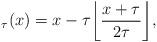
LaTeX: \begin{align*}_{\tau} (x) = x -\tau \bigg\lfloor \frac{x+\tau}{2\tau}\bigg\rfloor ,\end{align*}